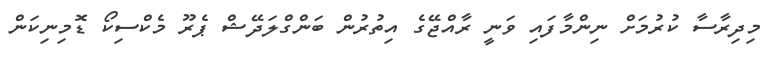
މިދިރާސާ ކުރުމަށް ނިންމާފައި ވަނީ ރާއްޖޭގެ އިތުރުން ބަންގްލަދޭޝް ޕެރޫ މެކްސިކޯ ޑޮމިނިކަން